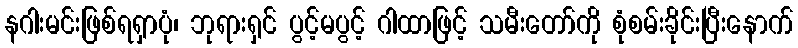
နဂါးမင်းဖြစ်ရရှာပုံ၊ ဘုရားရှင် ပွင့်မပွင့် ဂါထာဖြင့် သမီးတော်ကို စုံစမ်းခိုင်းပြီးနောက်